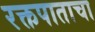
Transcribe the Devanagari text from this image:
रक्तपाताचा